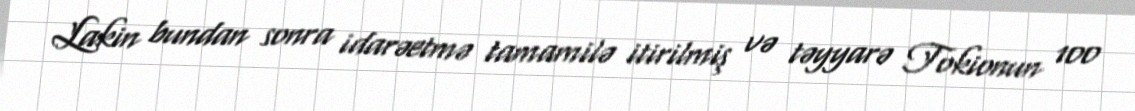
Lakin bundan sonra idarəetmə tamamilə itirilmiş və təyyarə Tokionun 100